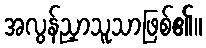
အလွန်ညှာသူသာဖြစ်၏။